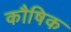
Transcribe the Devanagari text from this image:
कौषिक